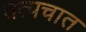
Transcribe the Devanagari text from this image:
तत्पचात